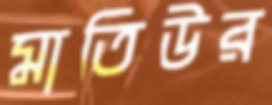
মাতিউর